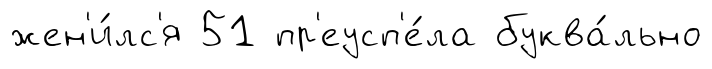
жен'и́лс'я 51 пр'еусп'е́ла буква́льно